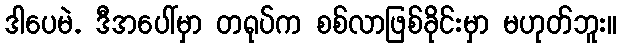
ဒါပေမဲ. ဒီအပေါ်မှာ တရုပ်က စစ်လာဖြစ်ခိုင်းမှာ မဟုတ်ဘူး။